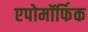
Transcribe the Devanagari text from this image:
एपोमॉर्फिक